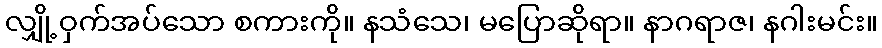
လျှို့ဝှက်အပ်သော စကားကို။ နသံသေ၊ မပြောဆိုရာ။ နာဂရာဇ၊ နဂါးမင်း။